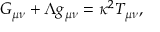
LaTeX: G _ { \mu \nu } + \Lambda g _ { \mu \nu } = \kappa ^ { 2 } T _ { \mu \nu } ,